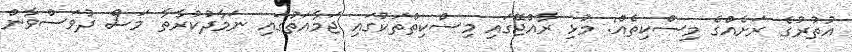
އުތުރުގެ ރަށެއްގެ މިސްކިތެއް: މުޅި ރާއްޖޭގައި މިސްކިތްތަކުގައި ޖަމާއަތުގައި ނަމާދުކުރާތާ މަސް ދުވަސްވާން